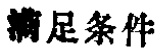
满足条件